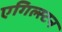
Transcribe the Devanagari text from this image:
एगिल्स्टन